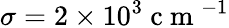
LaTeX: \sigma=2\times 10^{3}\mathrm{~c~m~}^{-1}